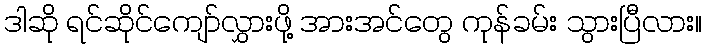
ဒါဆို ရင်ဆိုင်ကျော်လွှားဖို့ အားအင်တွေ ကုန်ခမ်း သွားပြီလား။